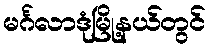
မင်္ဂလာဒုံမြို့နယ်တွင်